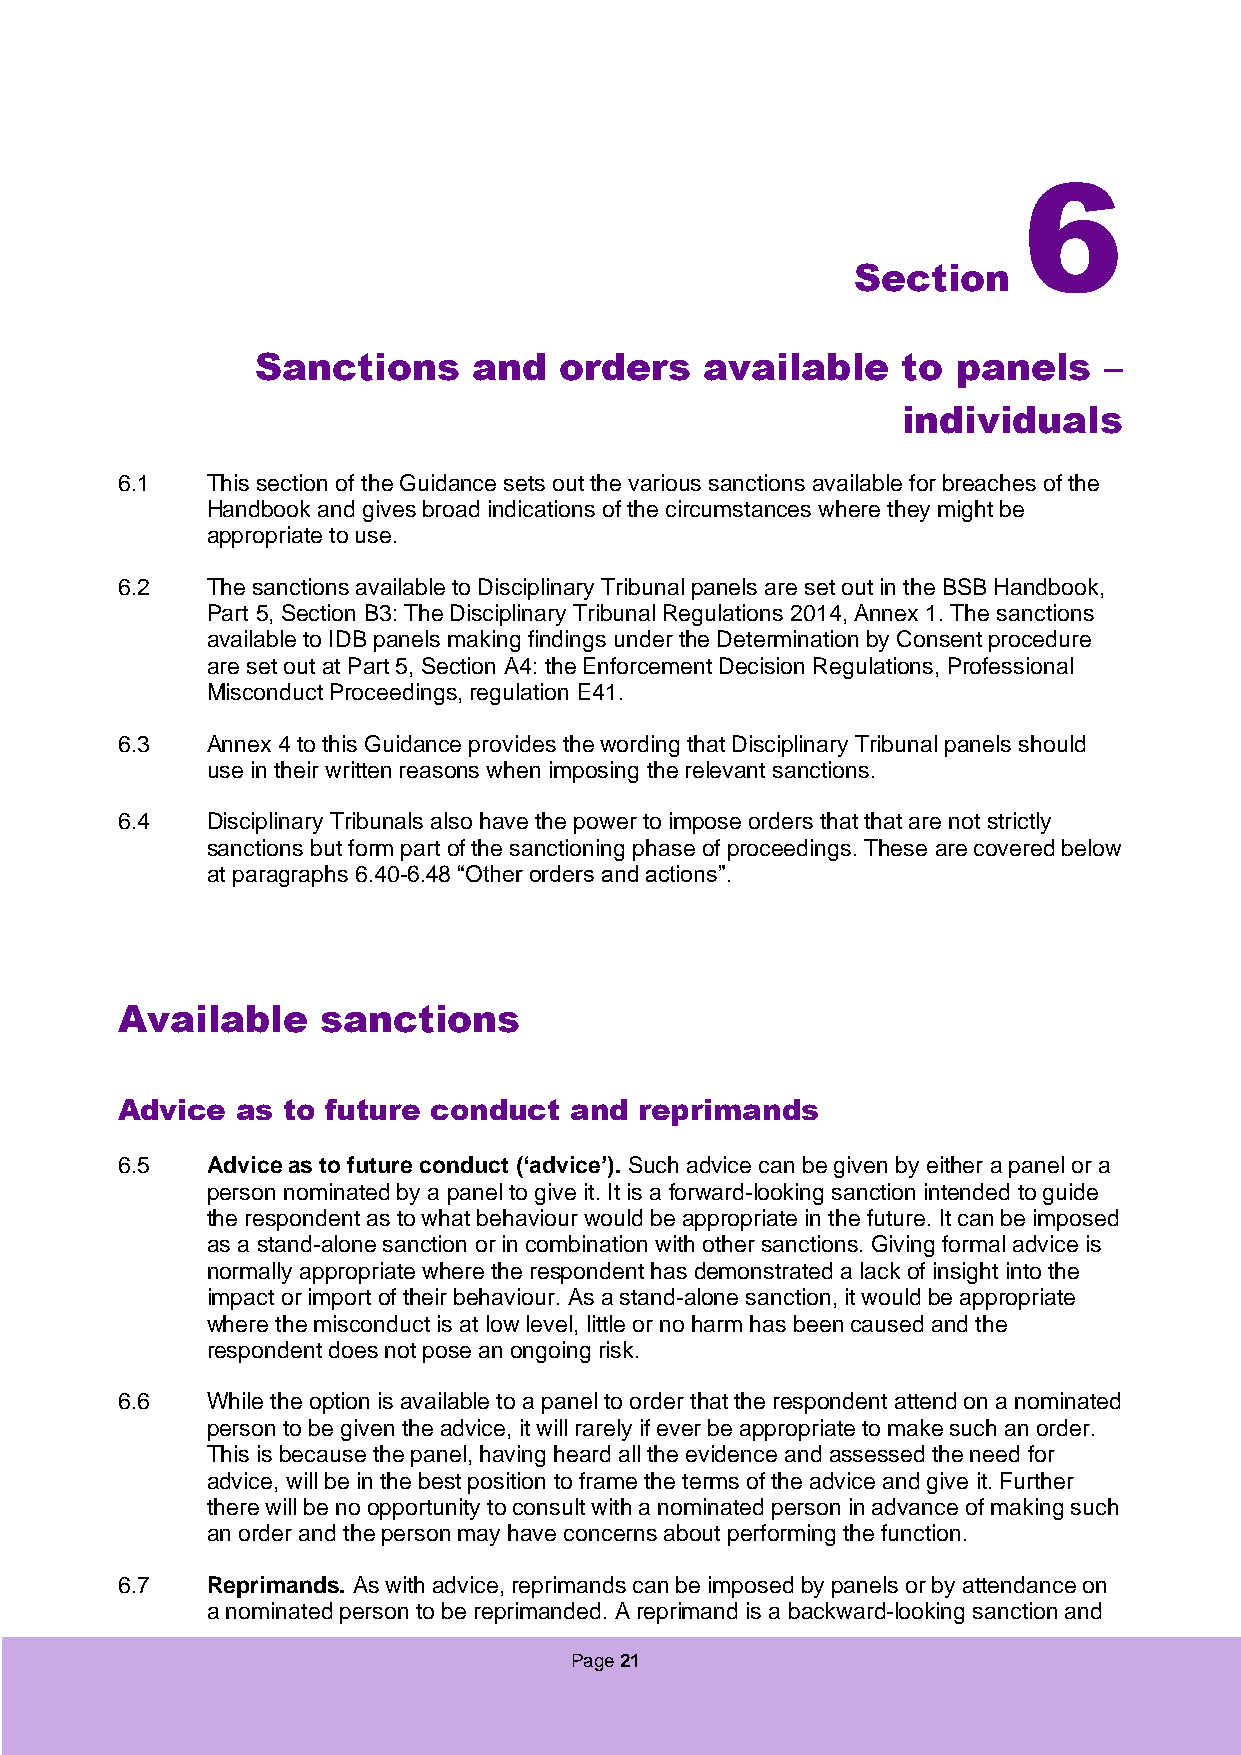
6
 Section
 Sanctions     and   orders    available    to panels    –
 individuals
 6.1   This section of the Guidance sets out the various sanctions available for breaches of the
 Handbook and gives broad indications of the circumstances where they might be
 appropriate to use.
 6.2   The sanctions available to Disciplinary Tribunal panels are set out in the BSB Handbook,
 Part 5, Section B3: The Disciplinary Tribunal Regulations 2014, Annex 1. The sanctions
 available to IDB panels making findings under the Determination by Consent procedure
 are set out at Part 5, Section A4: the Enforcement Decision Regulations, Professional
 Misconduct Proceedings, regulation E41.
 6.3   Annex 4 to this Guidance provides the wording that Disciplinary Tribunal panels should
 use in their written reasons when imposing the relevant sanctions.
 6.4   Disciplinary Tribunals also have the power to impose orders that that are not strictly
 sanctions but form part of the sanctioning phase of proceedings. These are covered below
 at paragraphs 6.40-6.48 “Other orders and actions”.
 Available    sanctions
 Advice  as to future conduct  and reprimands
 6.5   Advice as to future conduct (‘advice’). Such advice can be given by either a panel or a
 person nominated by a panel to give it. It is a forward-looking sanction intended to guide
 the respondent as to what behaviour would be appropriate in the future. It can be imposed
 as a stand-alone sanction or in combination with other sanctions. Giving formal advice is
 normally appropriate where the respondent has demonstrated a lack of insight into the
 impact or import of their behaviour. As a stand-alone sanction, it would be appropriate
 where the misconduct is at low level, little or no harm has been caused and the
 respondent does not pose an ongoing risk.
 6.6   While the option is available to a panel to order that the respondent attend on a nominated
 person to be given the advice, it will rarely if ever be appropriate to make such an order.
 This is because the panel, having heard all the evidence and assessed the need for
 advice, will be in the best position to frame the terms of the advice and give it. Further
 there will be no opportunity to consult with a nominated person in advance of making such
 an order and the person may have concerns about performing the function.
 6.7   Reprimands. As with advice, reprimands can be imposed by panels or by attendance on
 a nominated person to be reprimanded. A reprimand is a backward-looking sanction and
 Page 21